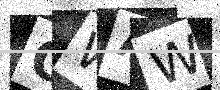
Text: OWAW